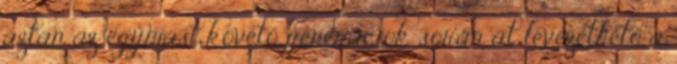
aztán az egymást követő generációk során át levezethető a